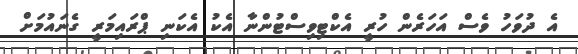
އެ ދުވަހު ވެސް އަހަރެން ހުރީ އެކްޓިވިސްޓުންނާ އެކު އެކަނި ޕްރައިމަރީ ގެނައުމަށް